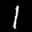
Label: 1